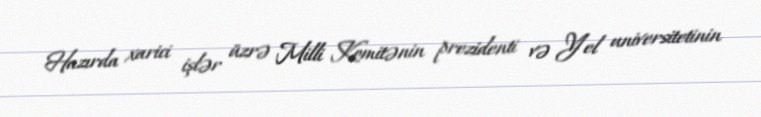
Hazırda xarici işlər üzrə Milli Komitənin prezidenti və Yel universitetinin